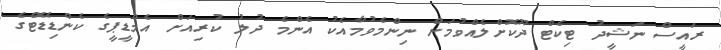
ރައީސް ނަޝީދު ޓިކެޓް ދޫކޮށްލެއްވުމަށް ނިންމެވުމާއެކު އެންމެ ދުލު ކުރިއަށް އެމްޑީޕީގެ ކެންޑިޑޭޓްގެ